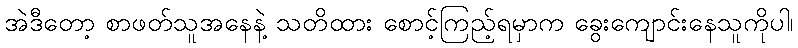
အဲဒီတော့ စာဖတ်သူအနေနဲ့ သတိထား စောင့်ကြည့်ရမှာက ခွေးကျောင်းနေသူကိုပါ၊